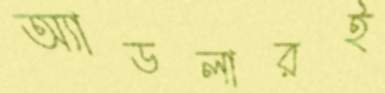
অ্যাডলারই